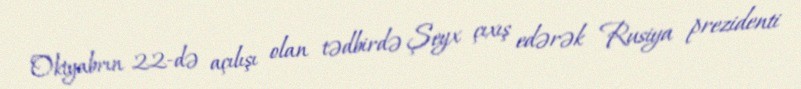
Oktyabrın 22-də açılışı olan tədbirdə Şeyx çıxış edərək Rusiya prezidenti